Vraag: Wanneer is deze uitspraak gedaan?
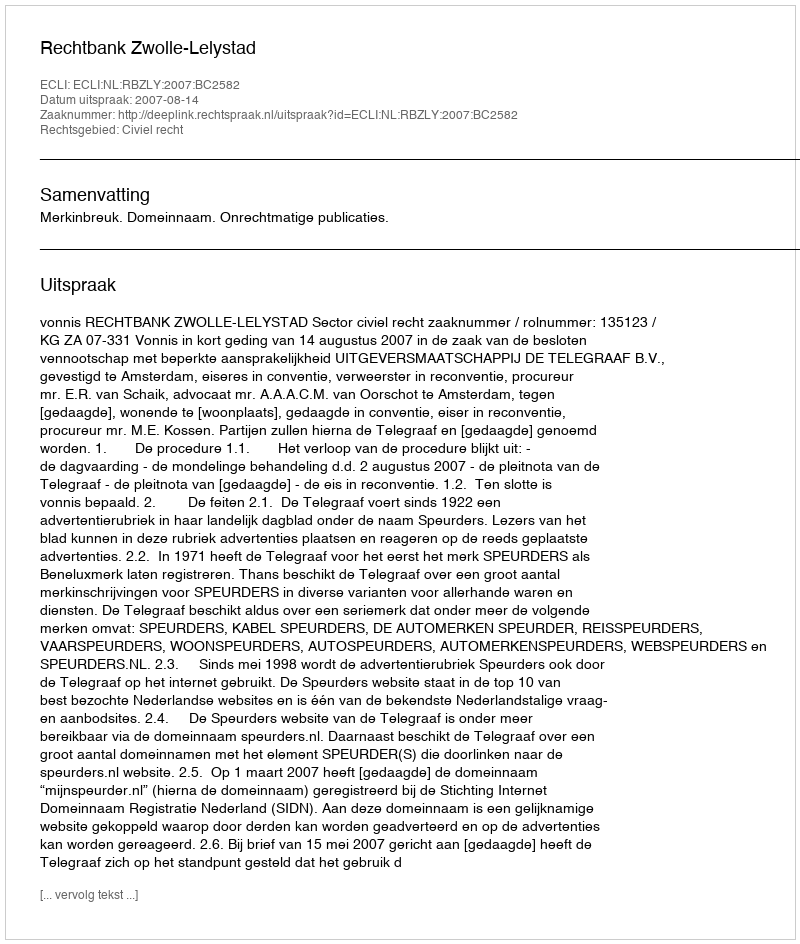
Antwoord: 2007-08-14